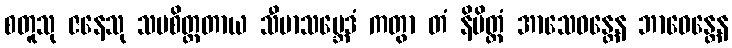
စတူသု ဇနေသု သမစိတ္တတာယ သီမာသမ္ဘေဒံ ကတွာ တံ နိမိတ္တံ အာသေဝန္တေန ဘာဝေန္တေန